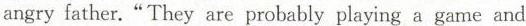
angry father. " They are probably playing a game and